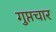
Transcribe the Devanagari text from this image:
गुप्तचार